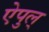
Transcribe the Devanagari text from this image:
ऐपुल्‌